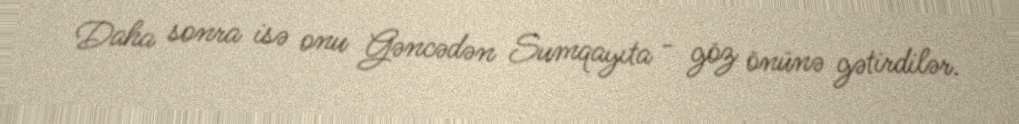
Daha sonra isə onu Gəncədən Sumqayıta - göz önünə gətirdilər.